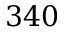
3 4 0